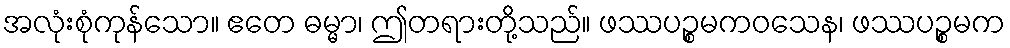
အလုံးစုံကုန်သော။ ဧတေ ဓမ္မာ၊ ဤတရားတို့သည်။ ဖဿပဉ္စမကဝသေန၊ ဖဿပဉ္စမက